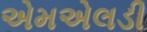
એમએલડી